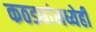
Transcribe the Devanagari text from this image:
कठड्यांमध्येही